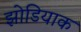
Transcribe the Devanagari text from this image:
झोडियाक